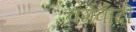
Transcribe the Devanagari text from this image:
वर्गवादी